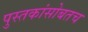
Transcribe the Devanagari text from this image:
पुस्तकांसोबतच